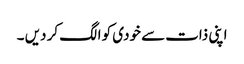
اپنی ذات سے خودی کو الگ کر دیں ۔